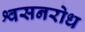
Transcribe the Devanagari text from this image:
श्वसनरोध